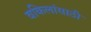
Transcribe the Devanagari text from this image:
वकिलांसाठी